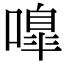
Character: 嘷